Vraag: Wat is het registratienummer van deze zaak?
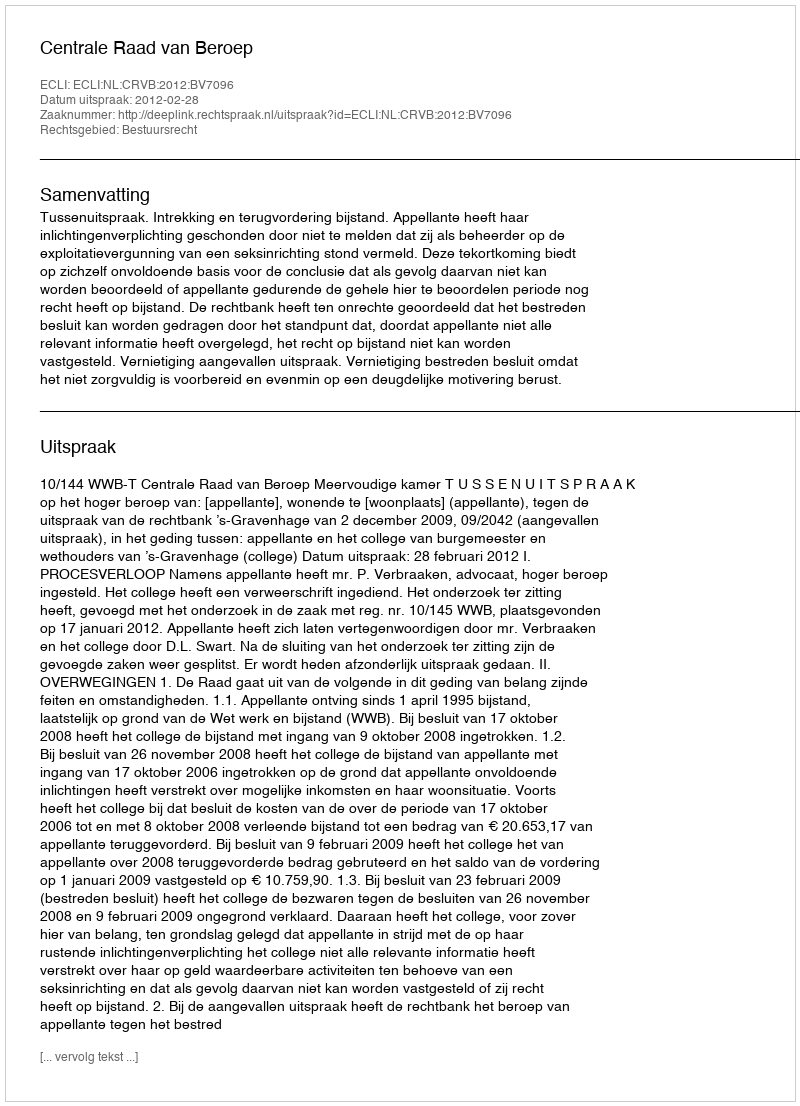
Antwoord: http://deeplink.rechtspraak.nl/uitspraak?id=ECLI:NL:CRVB:2012:BV7096